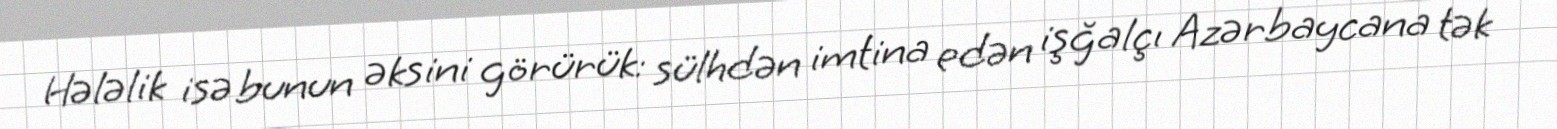
Hələlik isə bunun əksini görürük: sülhdən imtina edən işğalçı Azərbaycana tək